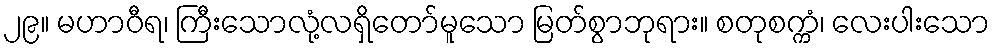
၂၉။ မဟာဝီရ၊ ကြီးသောလုံ့လရှိတော်မူသော မြတ်စွာဘုရား။ စတုစက္ကံ၊ လေးပါးသော